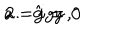
\mathbf { 2 . \, \, \, \, \hat { g } = 0 } \hspace { 6 c m } a = i g y \, , \hspace { 5 c m }